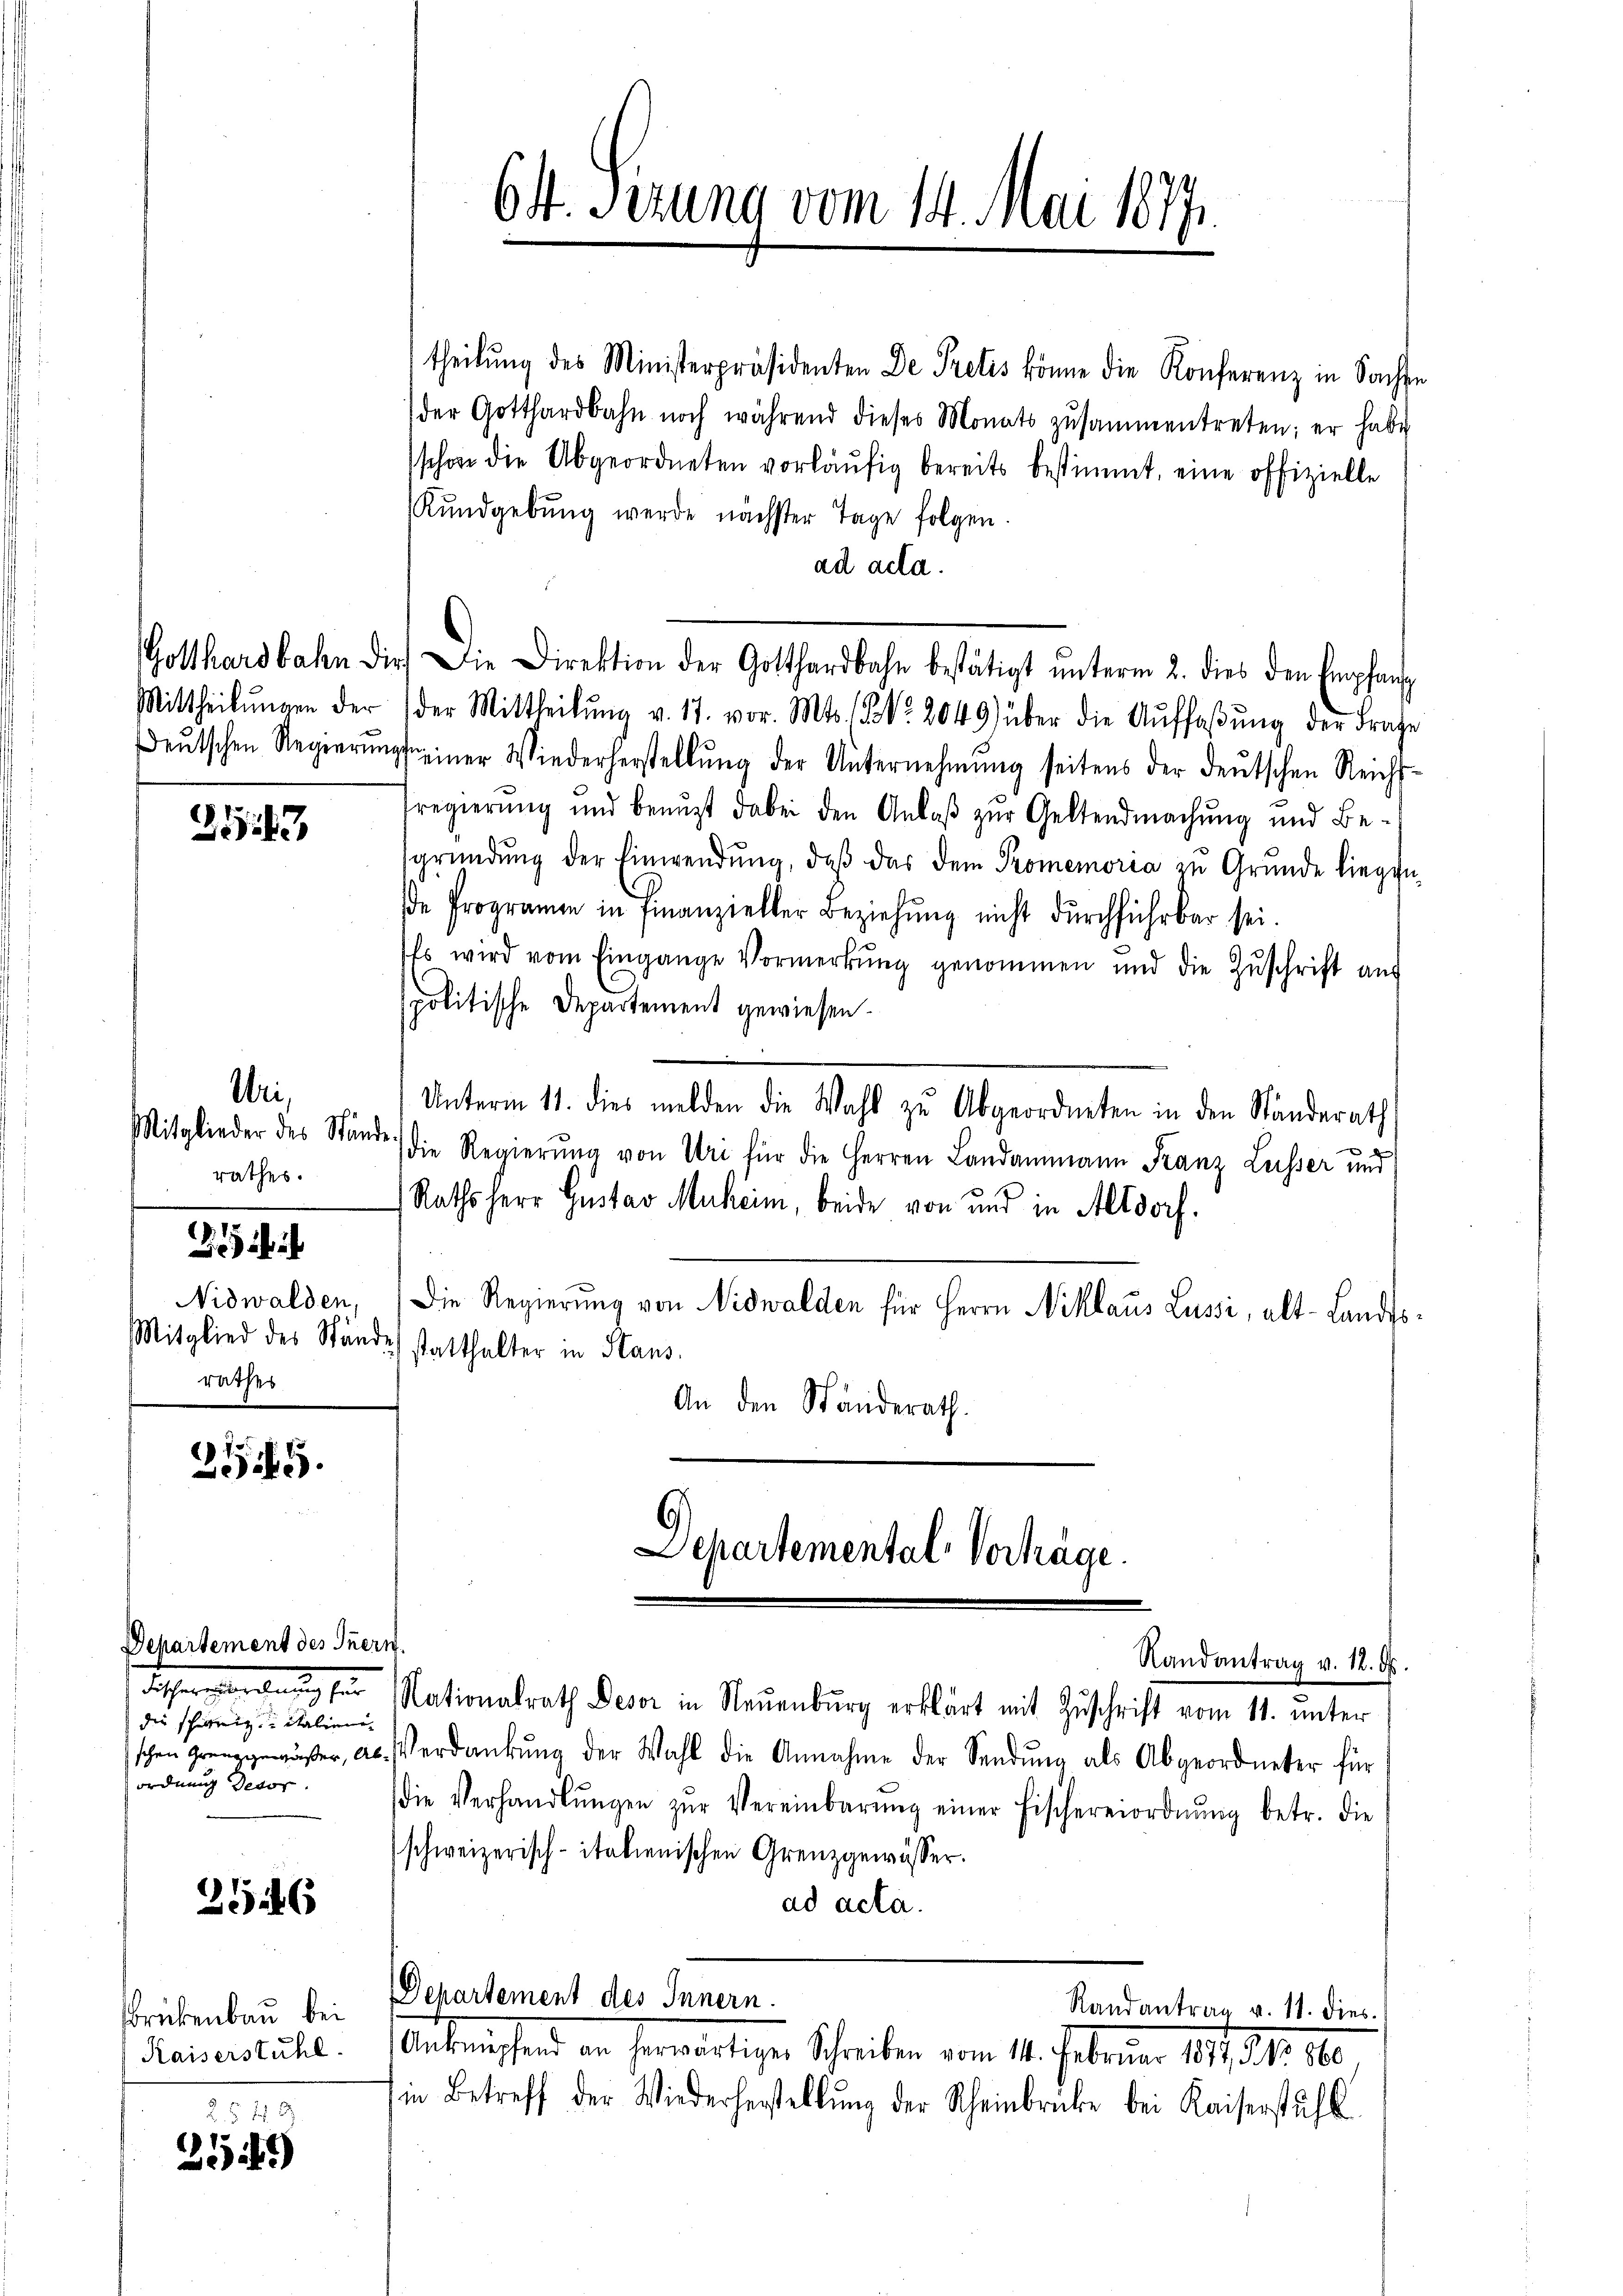
87.
3

Uri¬
Mitglieder des Stande.
rathes.

rathes

i

255.

Dehartement des Inern.
die schweig, italieni
ordnung detor.

256

Brükenbau bei
Kaiserstuhl.

25 f 0
61
)

theilung des Ministerpräsidenten De Pretis könne die Konferenz in Sachen
der Gotthardbahn noch während dieses Monats zusammentreten; er habe
schon die Abgeordneten vorläŭfig bereits bestimmt, eine offizielle
Kundgebung werde nächster Tage folgen.
ad acta.
Mittheilŭngen der der Mittheilŭng v. 17. vor. Mts. Z. 2049 über die Aŭffaβŭng der Frage
deŭtschen Regierŭngseiner Wiederherstellŭng der Unternehmung seitens der deŭtschen Reichs-
regierung und benuzt dabei den Anlaβ zŭr Geltendmachung und Be-
sgründŭng der Einwendŭng, daβ das dem Promemoria zu Grunde liegen,
de Programen in Finanzieller Beziehŭng nicht dŭrchführbar sei.
Es wird vom Eingange Vormerkŭng genommen und die Zŭschrift aus
politische Departement gewiesen.
Unterm 11. dies melden die Wahl zu Abgeordneten in den Standerath

die Regierŭng von Uri für die Herren Landammann Franz Leisser und
Rathsherr Gustav Muheim, beide von und in Altdorf.
Nidwalden, Die Regierung von Nidwalden für Herrn Niklaus Lussi, alt-Landts¬
Mitglied des Stände statthalter in Stans.
An den Ständerath.

64. Sizung vom 14. Mai 1877.

Fessermachung für Nationalrath Bevor in Neuenburg erklärt mit Zuschrift vom 11. unter
sschen Grenzgemäßer, ab. Verdankŭng der Wahl die Annahme der Sendŭng als Abgeordneter für
die Verhandlŭngen zŭr Vereinbarŭng einer Fischereiordnŭng betr. die
schweizerisch-italienischen Grenzgewässer.
ad acta.
Departement des Innern.
Randantrag v. 11. dies
Antischen in herwärtiger Schreiben vom 14. Februar 1811. 1910.
in Betreff der Wiederherstellŭng der Scheinbrücke bei Kaiserstuhl

Gotthardbahn die Die Direktion der Gotthardbahn bestätigt ŭnterm 2. dies den Empfan

Departemental Verhäge.
Randantrag v. 12. ds.